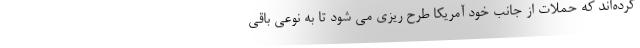
کرده‌اند که حملات از جانب خود آمریکا طرح ریزی می شود تا به نوعی باقی